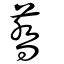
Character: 蕎